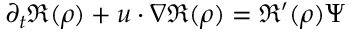
\partial _ { t } \mathfrak { R } ( \rho ) + u \cdot \nabla \mathfrak { R } ( \rho ) = \mathfrak { R } ^ { \prime } ( \rho ) \Psi